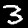
Label: 3